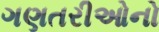
ગણતરીઓનો